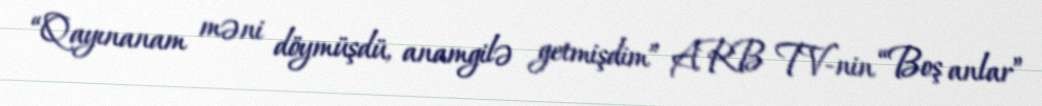
“Qayınanam məni döymüşdü, anamgilə getmişdim” ARB TV-nin “Boş anlar”